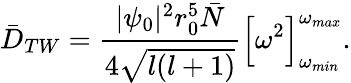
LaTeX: \bar{D}_{TW}=\frac{|\psi_{0}|^{2}r_{0}^{5}\bar{N}}{4\sqrt{l(l+1)}}\Big[\omega^{2}\Big]_{\omega_{min}}^{\omega_{max}}.